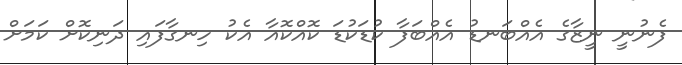
ފެނުނީ ނީޒާގެ އެއްބަނޑު އެއްބަފާ ކުޑަކުޑަ ކޮއްކޮއާ އެކު ހިނގާފައި ދަނިކޮށް ކަމަށް